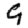
Digit: 9